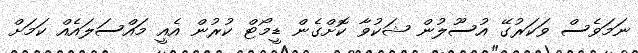
ނަމަވެސް ވަކަރުގޭ އުސޫލުން ޝަކުވާ ކޮށްގެން ޑީމޯޓް ކުރުން އެއީ މައްސަލައެއް ކަމަށް